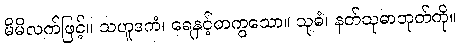
မိမိလက်ဖြင့်။ သဟူဒကံ၊ ရေနှင့်တကွသော။ သုဓံ၊ နတ်သုဓာဘုတ်ကို။